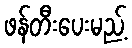
ဖန်တီးပေးမည့်